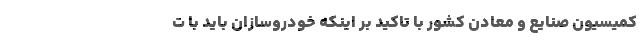
کمیسیون صنایع و معادن کشور با تاکید بر اینکه خودروسازان باید با ت